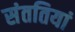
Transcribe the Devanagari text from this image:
संततियां